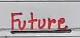
Future